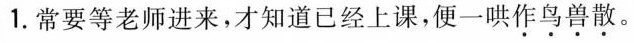
1.常要等老师进来，才知道已经上课，便一哄作鸟兽散。